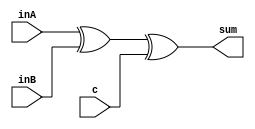
module reduced_summer(inA, inB, c, sum
	);

	parameter bits = 32;

	// Assigning ports as in/out
	input [(bits-1):0] inA, inB, c;
	output [(bits-1):0] sum;

	// Logic
	assign sum = inA^inB^c;

endmodule